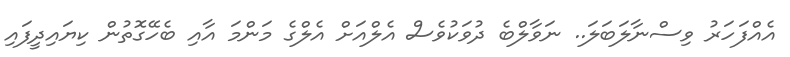
އެއްފަހަރު ވިސްނާލަބަލަ.. ނަވާލްބެ ދުވަކުވެސް އެލްއަށް އެލްގެ މަންމަ އާއި ބެހޭގޮތުން ކިޔައިދީފައި